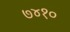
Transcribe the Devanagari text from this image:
७४१०